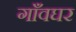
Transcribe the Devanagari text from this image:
गाँवघर